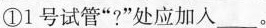
①1号试管”?”处应加入___。